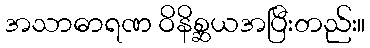
အသာဓာရဏ ဝိနိစ္ဆယအပြီးတည်း။